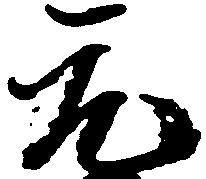
元